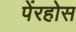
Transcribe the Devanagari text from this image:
पेंरहोस